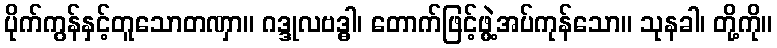
ပိုက်ကွန်နှင့်တူသောတဏှာ။ ဂဒ္ဒုလဗဒ္ဓါ၊ တောက်ဖြင့်ဖွဲ့အပ်ကုန်သော။ သုနခါ၊ တို့ကို။